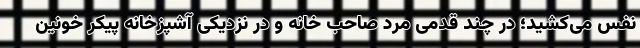
نفس می‌کشید؛ در چند قدمی مرد صاحب خانه و در نزدیکی آشپزخانه پیکر خونین